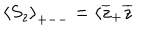
LaTeX: \left\langle S _ { z } \right\rangle _ { + -- } = \langle \overline { { { z } } } _ { + } \overline { { { z } } }